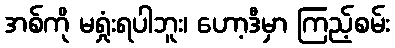
အစ်ကို မရှုံးရပါဘူး၊ ဟော့ဒီမှာ ကြည့်စမ်း